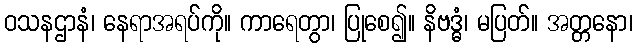
ဝသနဌာနံ၊ နေရာအရပ်ကို။ ကာရေတွာ၊ ပြုစေ၍။ နိဗဒ္ဓံ၊ မပြတ်။ အတ္တနော၊